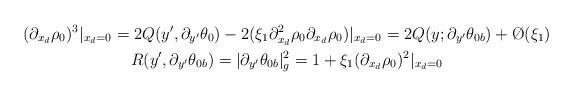
LaTeX: \begin{gather*}(\partial_{x_d}\rho_0)^3|_{x_d=0}=2Q(y',\partial_{y'}\theta_0)-2(\xi_1\partial_{x_d}^2\rho_0\partial_{x_d}\rho_0)|_{x_d=0}=2Q(y;\partial_{y'}\theta_{0b})+\O{}(\xi_1)\\R(y',\partial_{y'}\theta_{0b})=|\partial_{y'}\theta_{0b}|_g^2=1+\xi_1(\partial_{x_d}\rho_0)^2|_{x_d=0}\end{gather*}